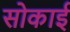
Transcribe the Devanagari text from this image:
सोकाई